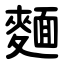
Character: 麵